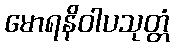
မောရနိဝါပသုတ္တံ